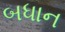
બધાન